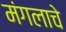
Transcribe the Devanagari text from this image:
मंगलाचे